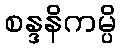
စန္ဒနိကမ္ပိ